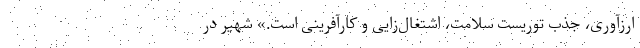
ارزآوری، جذب توریست سلامت، اشتغال‌زایی و کارآفرینی است.» شهیر در